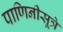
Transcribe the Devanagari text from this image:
पाणिनीसूत्रे